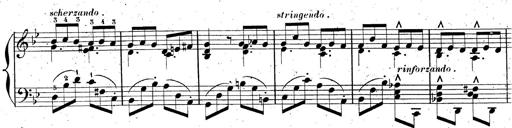
Title: AnnÃ©es de pÃ¨lerinage II, SupplÃ©ment
Composer: Franz Liszt